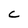
Character: C